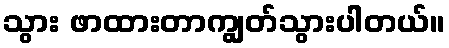
သွား ဖာထားတာကျွတ်သွားပါတယ်။